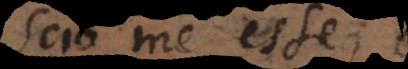
Scio me esse,